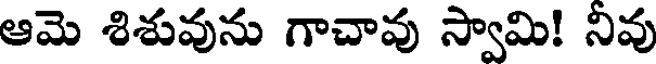
ఆమె శిశువును గాచావు స్వామి! నివు